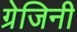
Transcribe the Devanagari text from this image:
ग्रेजिनी